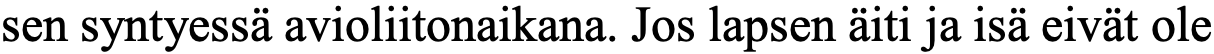
sen syntyessä avioliitonaikana. Jos lapsen äiti ja isä eivät ole